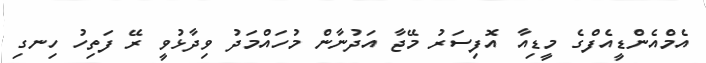
އެމްއެންޑީއެފްގެ މީޑިއާ އޮފިސަރު މޭޖާ އަދުނާން މުހައްމަދު ވިދާޅުވީ ރޭ ފަތިހު ހިނގި